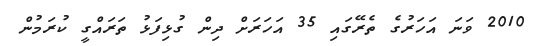
2010 ވަނަ އަހަރުގެ ތެރޭގައި 35 އަހަރަށް ދިން ގުޅިފަޅު ތަރައްގީ ކުރަމުން